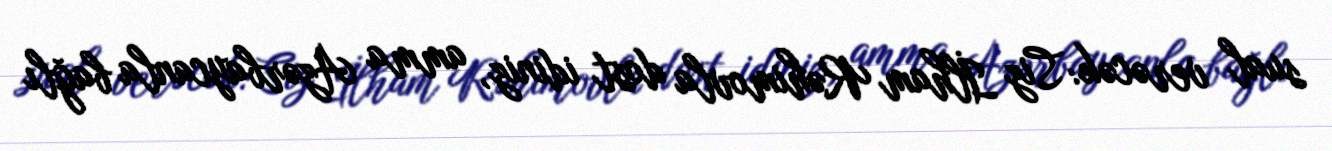
sual verəcək: Siz İlham Rəhimovla dost idiniz, amma Azərbaycanla bağlı